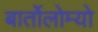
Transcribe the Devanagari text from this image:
बार्तोलोम्यो